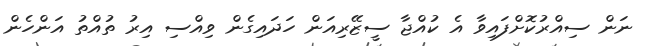
ނަން ސިއްރުކޮށްފައިވާ އެ ކުއްޖާ ސީޒޭރިއަން ހަދައިގެން ވިއްސި އިރު ތުއްތު އަންހެން